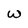
Character: W